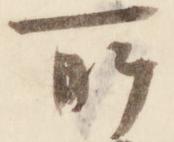
所